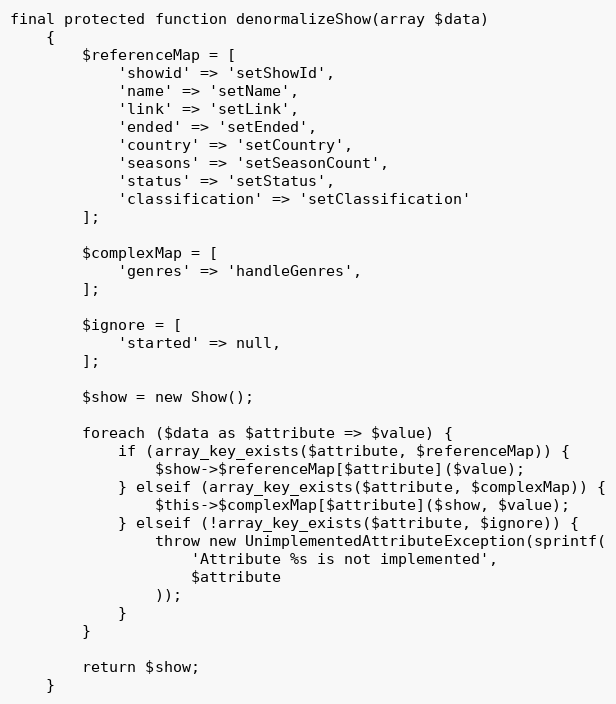
Language: PHP
final protected function denormalizeShow(array $data)
    {
        $referenceMap = [
            'showid' => 'setShowId',
            'name' => 'setName',
            'link' => 'setLink',
            'ended' => 'setEnded',
            'country' => 'setCountry',
            'seasons' => 'setSeasonCount',
            'status' => 'setStatus',
            'classification' => 'setClassification'
        ];

        $complexMap = [
            'genres' => 'handleGenres',
        ];

        $ignore = [
            'started' => null,
        ];

        $show = new Show();

        foreach ($data as $attribute => $value) {
            if (array_key_exists($attribute, $referenceMap)) {
                $show->$referenceMap[$attribute]($value);
            } elseif (array_key_exists($attribute, $complexMap)) {
                $this->$complexMap[$attribute]($show, $value);
            } elseif (!array_key_exists($attribute, $ignore)) {
                throw new UnimplementedAttributeException(sprintf(
                    'Attribute %s is not implemented',
                    $attribute
                ));
            }
        }

        return $show;
    }